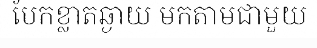
បែកខ្លាតឆ្ងាយ មកតាមជាមួយ